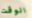
الوقت